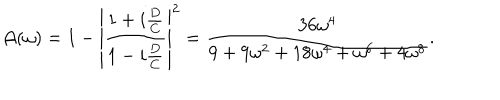
LaTeX: { \cal A } ( \omega ) = 1 - \left| { \frac { 1 + i { \frac { D } { C } } } { 1 - i { \frac { D } { C } } } } \right| ^ { 2 } = { \frac { 3 6 \omega ^ { 4 } } { 9 + 9 \omega ^ { 2 } + 1 8 \omega ^ { 4 } + \omega ^ { 6 } + 4 \omega ^ { 8 } } } .